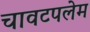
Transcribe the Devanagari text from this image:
चावटपलेम